Insane asylums in Bengal annual reports 1867-1875 - 1867-1875
Year: 1867
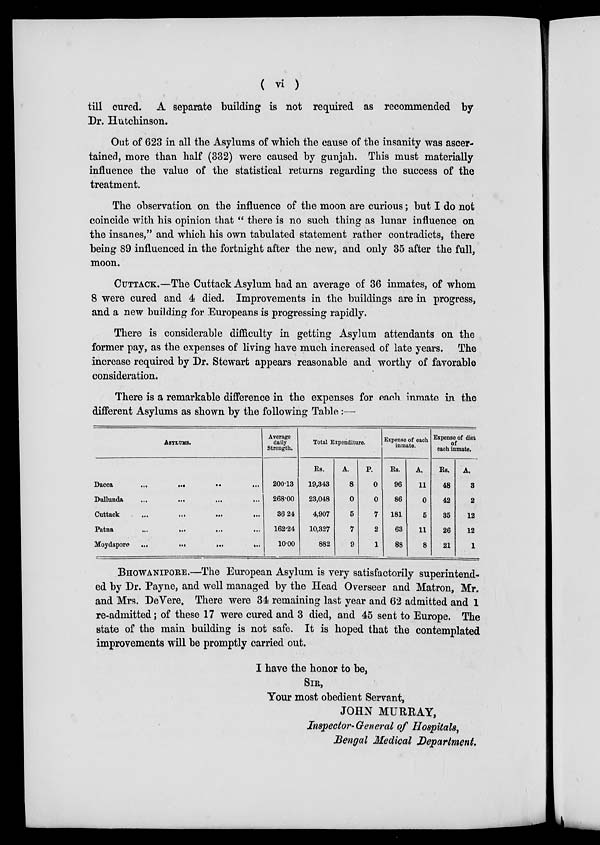
( vi )
till cured. A separate building is not required as recommended by
Dr. Hutchinson.
Out of 623 in all the Asylums of which the cause of the insanity was ascer-
tained, more than half (332) were caused by gunjah. This must materially
influence the value of the statistical returns regarding the success of the
treatment.
The observation on the influence of the moon are curious; but I do not
coincide with his opinion that " there is no such thing as lunar influence on
the insanes," and which his own tabulated statement rather contradicts, there
being 89 influenced in the fortnight after the new, and only 35 after the full,
moon.
CUTTACK.—The Cuttack Asylum had an average of 36 inmates, of whom
8 were cured and 4 died. Improvements in the buildings are in progress,
and a new building for Europeans is progressing rapidly.
There is considerable difficulty in getting Asylum attendants on the
former pay, as the expenses of living have much increased of late years. The
increase required by Dr. Stewart appears reasonable and worthy of favorable
consideration.
There is a remarkable difference in the expenses for each inmate in the
different Asylums as shown by the following Table:—
ASYLUMS.
Dacca
...
...
...
...
Dullunda
...
...
...
...
Cuttack
...
...
...
...
Patna
...
...
...
...
Moydapore
...
...
...
...
Average
daily
Strength.
200.13
268.00
36.24
162.24
10.00
Total Expenditure.
Rs.
19,343
23,048
4,907
10,327
882
A.
8
0
5
7
9
P.
0
0
7
2
1
Expense of each
inmate.
Rs.
96
86
181
63
88
A.
11
0
5
11
8
Expense of diet
of
each inmate.
Rs.
48
42
35
26
21
A.
3
2
12
12
1
BHOWANIPORE.—The European Asylum is very satisfactorily superintend-
ed by Dr. Payne, and well managed by the Head Overseer and Matron, Mr.
and Mrs. DeVere. There were 34 remaining last year and 62 admitted and 1
re-admitted; of these 17 were cured and 3 died, and 45 sent to Europe. The
state of the main building is not safe. It is hoped that the contemplated
improvements will be promptly carried out.
I have the honor to be,
SIR,
Your most obedient Servant,
JOHN MURRAY,
Inspector-General of Hospitals,
Bengal Medical Department.